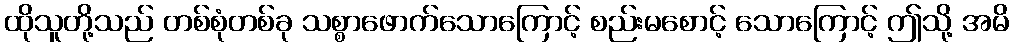
ထိုသူတို့သည် တစ်စုံတစ်ခု သစ္စာဖောက်သောကြောင့် စည်းမစောင့် သောကြောင့် ဤသို့ အမိ